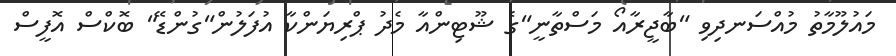
މައުލޫމާތު މުއްސަނދިވި "ބާޖީރާއޯ މަސްތާނީ"ގެ ޝޫޓިންއާ މެދު ޕްރިޔަންކާ އުފަލުން"ގުންޑޭ" ބޮކްސް އޮފީސް